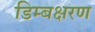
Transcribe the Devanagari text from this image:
डिम्बक्षरण